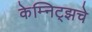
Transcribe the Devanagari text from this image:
केम्निट्झचे